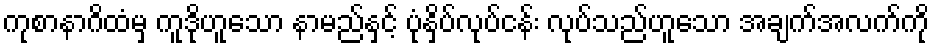
ကုစာနာဂိထံမှ ကူဒိုဟူသော နာမည်နှင့် ပုံနှိပ်လုပ်ငန်း လုပ်သည်ဟူသော အချက်အလက်ကို